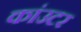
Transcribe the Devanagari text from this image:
कांउटर